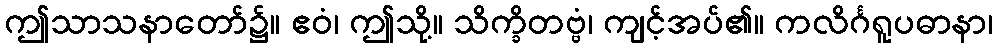
ဤသာသနာတော်၌။ ဧဝံ၊ ဤသို့။ သိက္ခိတဗ္ဗံ၊ ကျင့်အပ်၏။ ကလိင်္ဂရူပဓာနာ၊